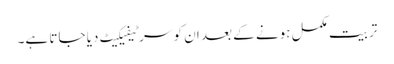
تربیت مکمل ہونے کے بعد ان کو سرٹیفیکیٹ دیا جاتا ہے۔